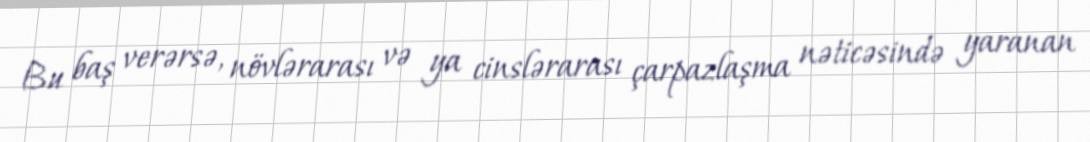
Bu baş verərsə, növlərarası və ya cinslərarası çarpazlaşma nəticəsində yaranan